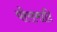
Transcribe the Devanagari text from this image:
पोरामाटि